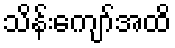
သိန်းကျော်အထိ